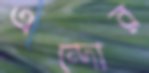
এন্দোর